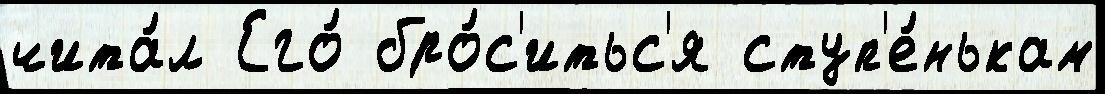
чита́л Его́ бро́с'итьс'я ступ'е́нькам